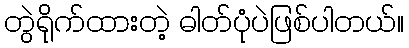
တွဲရိုက်ထားတဲ့ ဓါတ်ပုံပဲဖြစ်ပါတယ်။